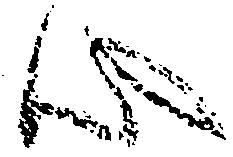
心